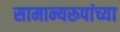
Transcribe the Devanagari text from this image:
सामान्यरूपांच्या